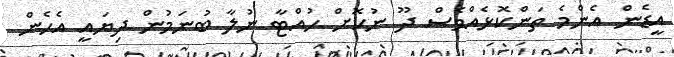
އީޑެން އެންމެ ތަންކޮޅެއްވެސް ދޫ ނުކޮށް ހުއްޓާ ނުލާ ބުނަމުން ދިޔައީ އެހެން